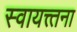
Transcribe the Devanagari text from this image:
स्वायत्त्तना